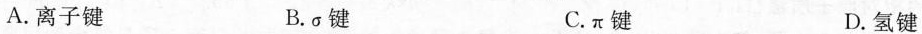
A.离子键 B.σ键 C.\pi 键 D.氢键